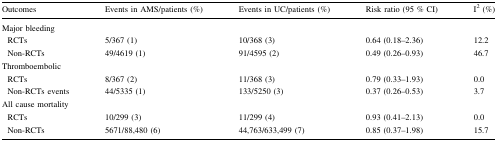
<table><thead><tr><td><b>Outcomes</b></td><td><b>Events in AMS/patients (%)</b></td><td><b>Events in UC/patients (%)</b></td><td><b>Risk ratio (95 % CI)</b></td><td><b>I<sup>2</sup> (%)</b></td></tr></thead><tbody><tr><td colspan="5">Major bleeding</td></tr><tr><td> RCTs</td><td>5/367 (1)</td><td>10/368 (3)</td><td>0.64 (0.18–2.36)</td><td>12.2</td></tr><tr><td> Non-RCTs</td><td>49/4619 (1)</td><td>91/4595 (2)</td><td>0.49 (0.26–0.93)</td><td>46.7</td></tr><tr><td colspan="5">Thromboembolic</td></tr><tr><td> RCTs</td><td>8/367 (2)</td><td>11/368 (3)</td><td>0.79 (0.33–1.93)</td><td>0.0</td></tr><tr><td> Non-RCTs events</td><td>44/5335 (1)</td><td>133/5250 (3)</td><td>0.37 (0.26–0.53)</td><td>3.7</td></tr><tr><td colspan="5">All cause mortality</td></tr><tr><td> RCTs</td><td>10/299 (3)</td><td>11/299 (4)</td><td>0.93 (0.41–2.13)</td><td>0.0</td></tr><tr><td> Non-RCTs</td><td>5671/88,480 (6)</td><td>44,763/633,499 (7)</td><td>0.85 (0.37–1.98)</td><td>15.7</td></tr></tbody></table>